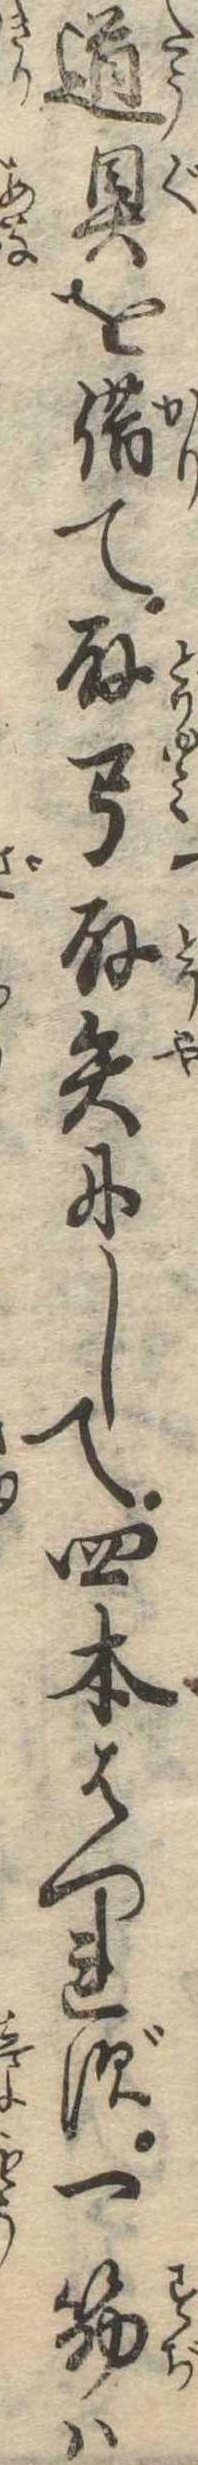
道具を借て取弓取矢にして四本はつれず一筋は